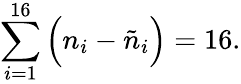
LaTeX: \sum_{i=1}^{16}\Big(n_{i}-\tilde{n}_{i}\Big)=16.